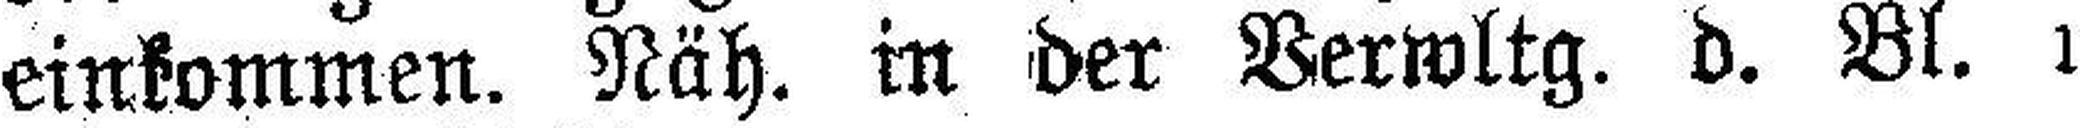
einkommen. Näh. in der Verwltg. d. Bl. 1